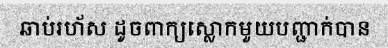
ឆាប់រហ័ស ដូចពាក្យស្លោកមួយបញ្ជាក់បាន